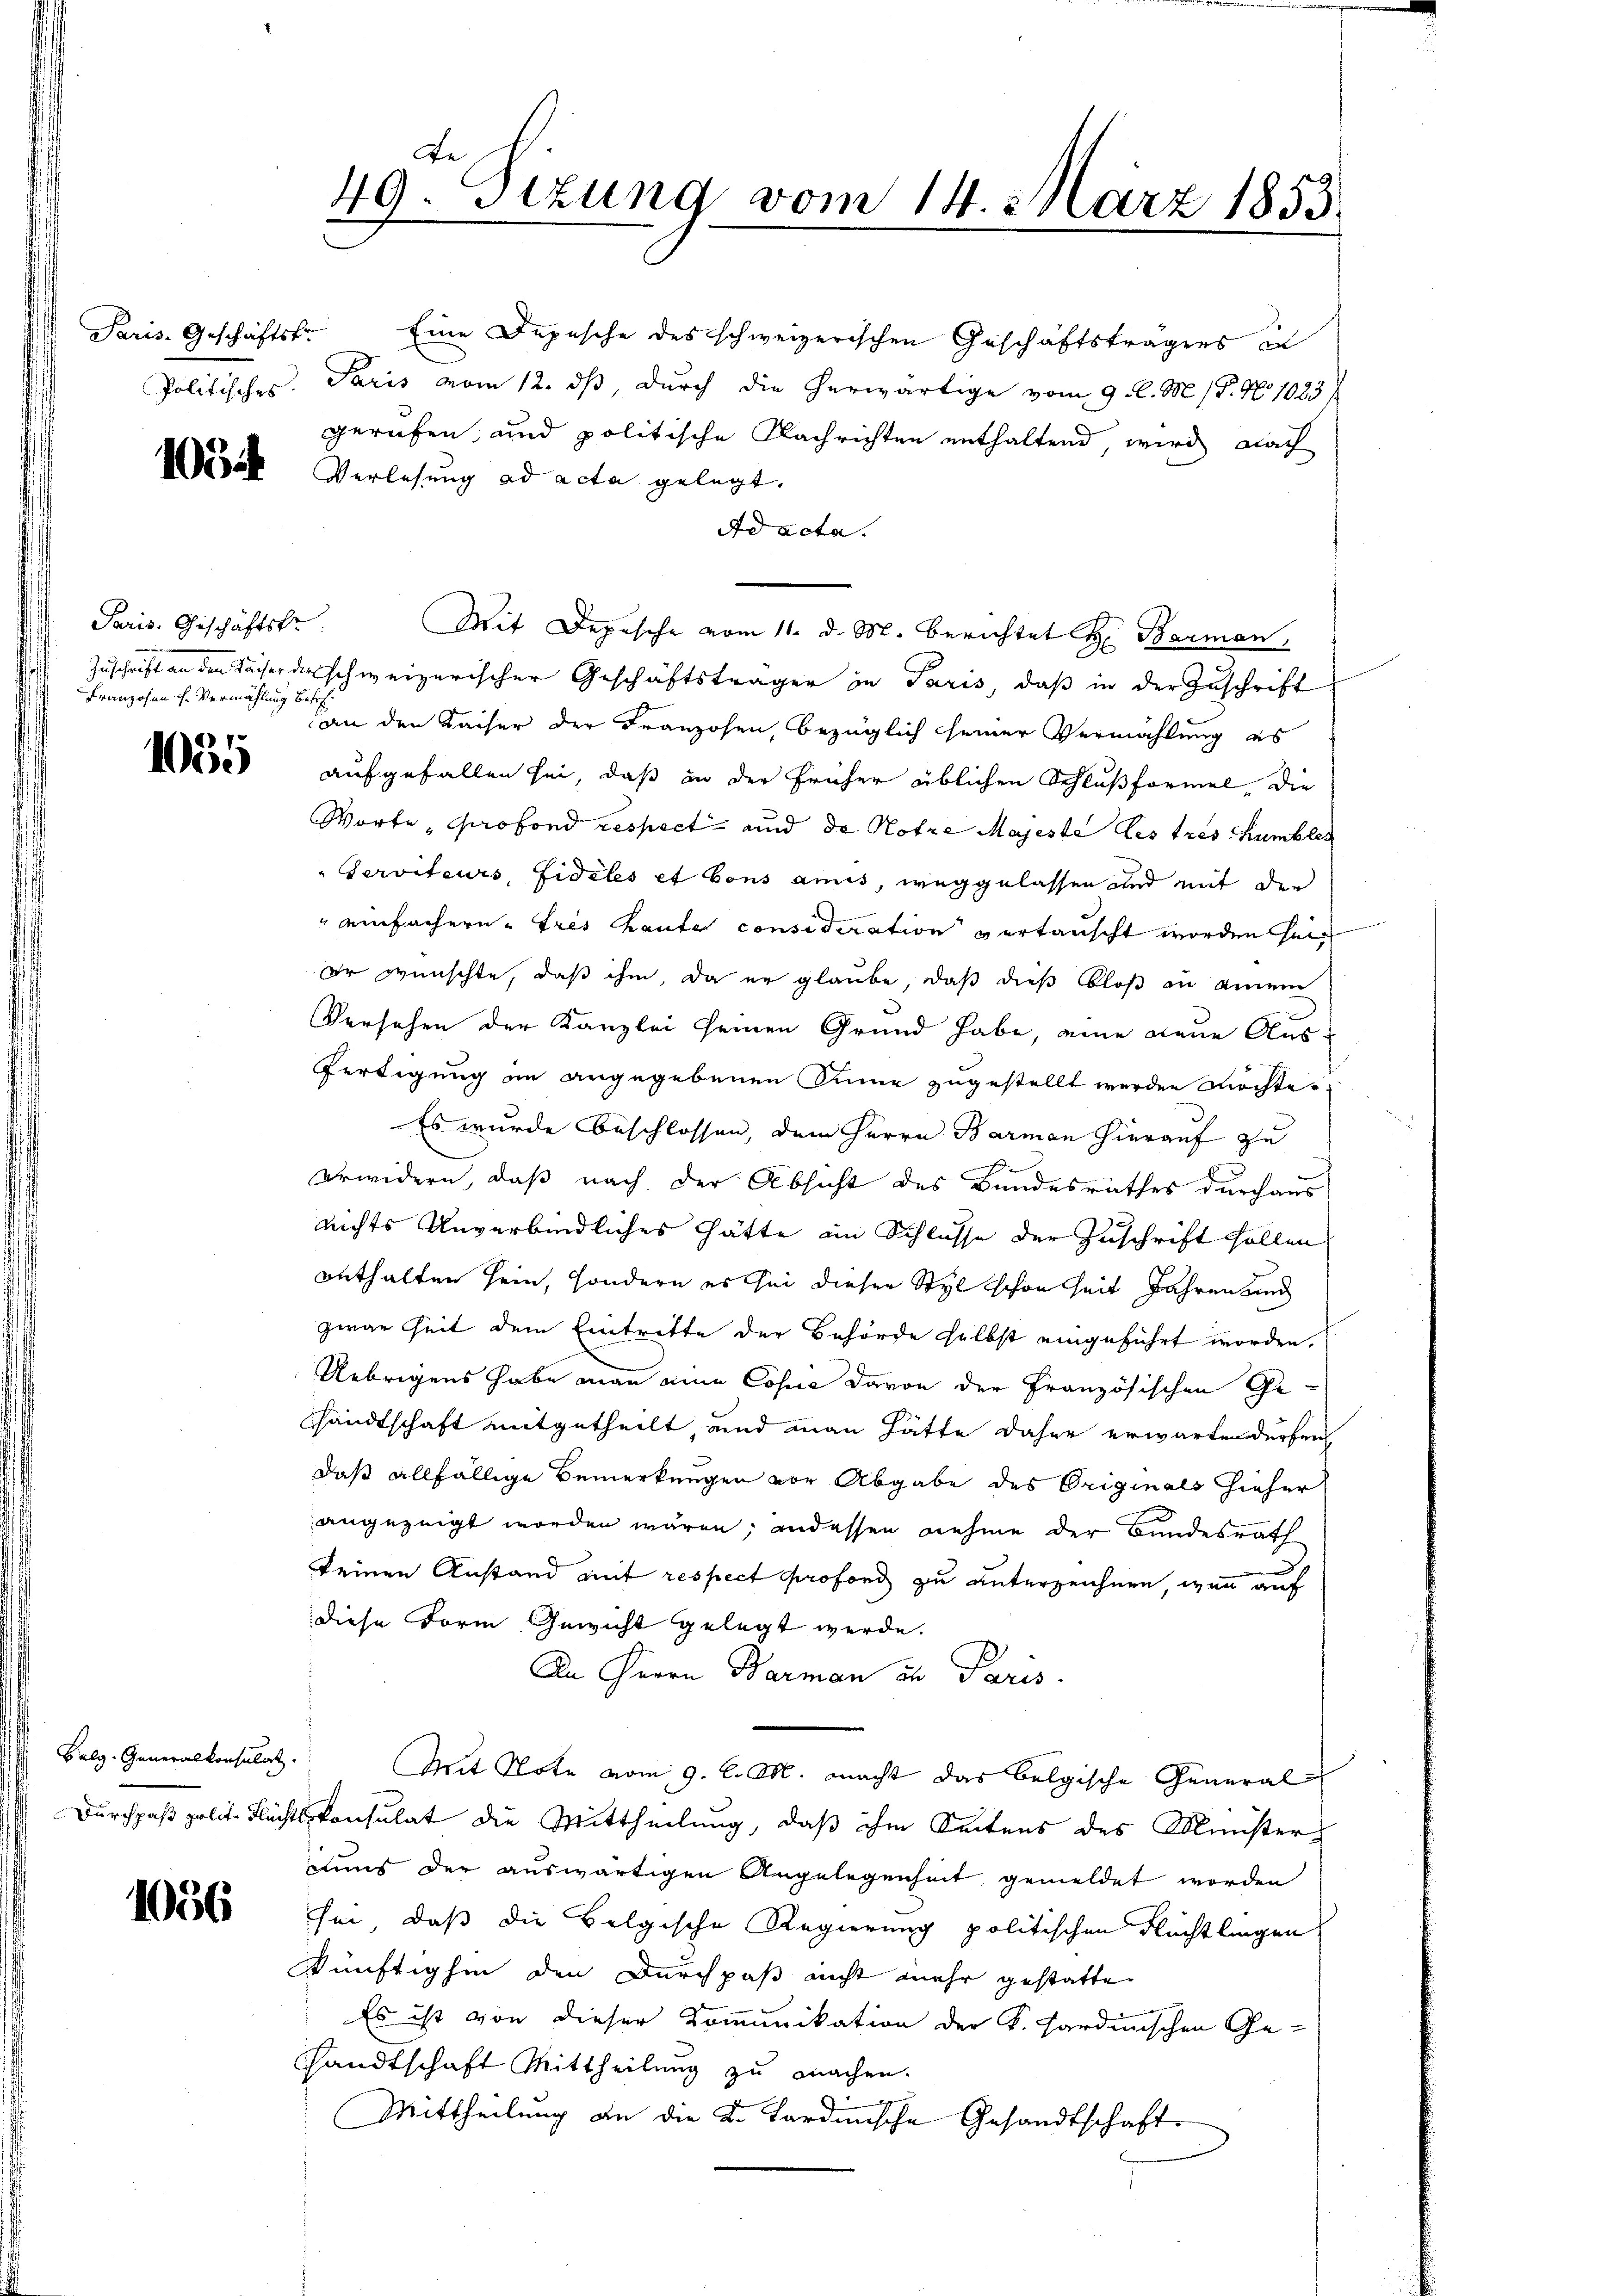
1054

Paris. Geschäftskr
Franzosen h. Vermählung betr.
7

15

1036

Paris, Geschäftst. Eine Depesche des schweizerischen Geschäftsträgers in
Politisches. Paris vom 12. ds, durch die herwärtige vom 9. l. M. 18. No. 1083/
gerufen, und politische Nachrichten enthaltend, wird nach
Verlesung ad acta gelegt.
Ad acta.
Mit Depesche vom 11. d. M. berichtet H. Barmen,
Zuschrift an den Fächer der schweizerischer Geschäftsträger in Paris, daß in der Zuschrift
an den Kaiser der Franzosen, bezüglich seiner Vermählung es
aufgefallen sei, daß in der früher üblichen Schlußformel, die
Worte, Profond respect und de Notre Majeste des tres humbler
" Serviteurs, Fidelis et bons amis, weggelassen und mit der
" einfachern. Fres Baute consideration vertauscht worden sein
Er wünschte, daß ihm, da er glaube, daß dieß bloß an einem
Versehen der Kanzlei seinen Grund habe, eine neue Ausfertigung in angegebenen Sinne zugestellt werden möchte.
Es wurde beschlossen, dem Herrn Barman hierauf zu
.
Urwidern, daß nach der Absicht des Bundesrathes durchaus
nichts Unverbindliches hätte im Schlusse der Zuschrift sollen
enthalten sein, sondern es sei dieser Styl schon seit Jahren und
zwar Zeit dem Eintritte der Behörde selbst eingeführt worden.
Uebrigens habe man eine Copie davon der Französischen Ge-
sandtschaft mitgetheilt, und man hätte daher erwarten dürfen
daß allfällige Bemerkungen vor Abgabe des Originals hieher
angezeigt worden wären; andessen nehme der Bundesrath

keinen Anstand mit respect profond zu unterzeichnen, wenn auf
diese Form Gewicht gelegt werde.
An Herrn Barman in Paris.
Belg. Generalkonsulat. Mit Note vom 9. l. M. macht das belgische General-
Durchpaß polit. Flechtskonsulat die Mittheilung, daß ihm Seitens des Minister
uns der auswärtigen Angelegenheit gemeldet worden
sei, daß die Belgische Regierung politischen Flüchtlingen
künftighin den Durchpaß nicht mehr gestatte.
Es ist von dieser Kommunikation der K. Sardinischen Ge-
sandtschaft Mittheilung zu machen.
Mittheilung an die K. Kardinische Gesandtschaft

49. Sitzung vom 14. März 1853.

e